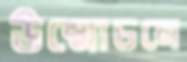
উন্মোচনে